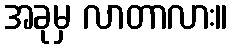
အခုမှ လာတာလား။